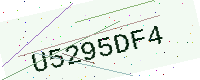
Text: U5295DF4